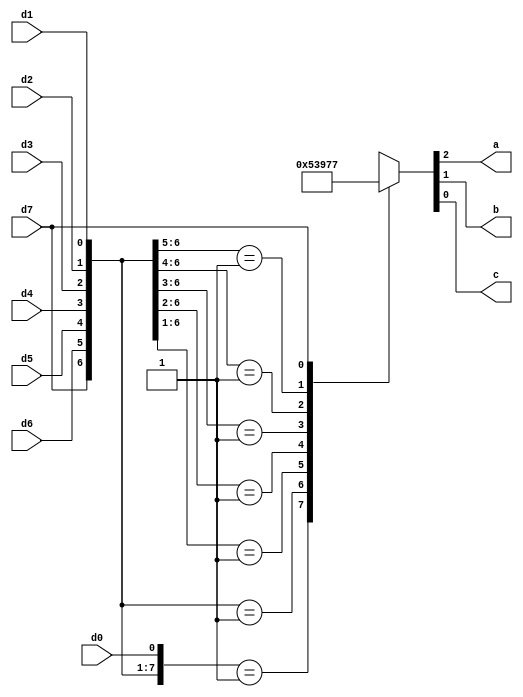
`timescale 1ns / 1ps

module priority_encoder(d0,d1,d2,d3,d4,d5,d6,d7,a,b,c);
input d0,d1,d2,d3,d4,d5,d6,d7;
output reg a,b,c;

always@(*)
begin

 casex({d7,d6,d5,d4,d3,d2,d1,d0})
    
    8'b0000_0001 : {a,b,c}=3'd0;
    8'b0000_001x : {a,b,c}=3'd1;
    8'b0000_01xx : {a,b,c}=3'd2;
    8'b0000_1xxx : {a,b,c}=3'd3;
    8'b0001_xxxx : {a,b,c}=3'd4;
    8'b001x_xxxx : {a,b,c}=3'd5;
    8'b01xx_xxxx : {a,b,c}=3'd6;
    8'b1xxx_xxxx : {a,b,c}=3'd7;
    default      : {a,b,c} = 3'bxxx;
   
  endcase

end
endmodule